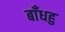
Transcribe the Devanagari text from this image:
बाँधहु